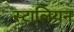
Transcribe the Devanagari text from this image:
स्टालियन